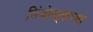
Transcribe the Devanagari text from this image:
लिंबोळ्याच्या